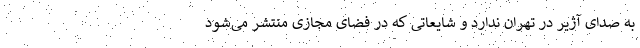
به صدای آژیر در تهران ندارد و شایعاتی که در فضای مجازی منتشر می‌شود